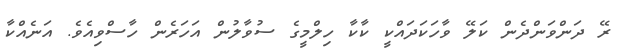
ރޭ ދަންވަންދެން ކަލޭ ވާހަކަދައްކީ ކާކާ ހިލްމީގެ ސުވާލުން އަހަރެން ހާސްވިއެވެ. އަނެއްކާ